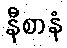
နီစာနံ